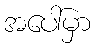
အပေါ်မှာ